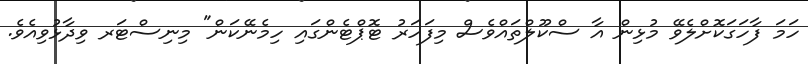
ހަމަ ފާހަގަކޮށްލެވޭ މުޅިން އާ ސްކޫލްތައްވެސް މިފަހަރު ޓޮޕްޓެންގައި ހިމެނޭކަން" މިނިސްޓަރ ވިދާޅުވިއެވެ.